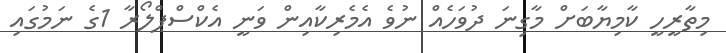
މިތާރީހީ ކާމިޔާބަށް މާގިނަ ދުވަހެއް ނުވެ އެމެރިކާއިން ވަނީ އެކްސްޕްލޯރާ 1ގެ ނަމުގައި